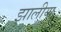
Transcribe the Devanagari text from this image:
झालीया